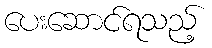
ပေးဆောင်ရသည့်